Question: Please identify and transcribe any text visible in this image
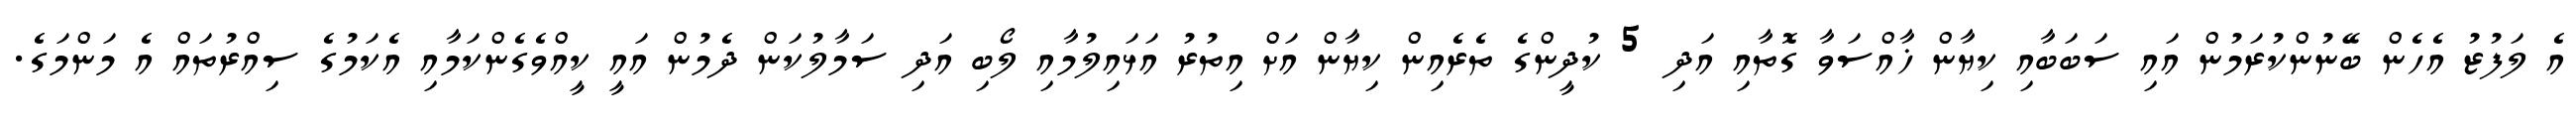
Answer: އެ ލަފުޒު އެހެން ބޭނުންކުރަމުން އައި ސަބަބާއި ކިޔާން ޚާއްސަވާ ގޮތާއި އަދި 5 ކުދީންގެ ތެރެއިން ކިޔާން އަށް އިތުރު އަޅައިލުމާއި ލޯބި އަދި ސަމާލުކަން ދެމުން އައީ ކީއްވެގެންކަމާއި އެކަމުގެ ސިއްރުތައް އެ މަންމަގެ.